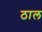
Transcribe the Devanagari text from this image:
ठाल